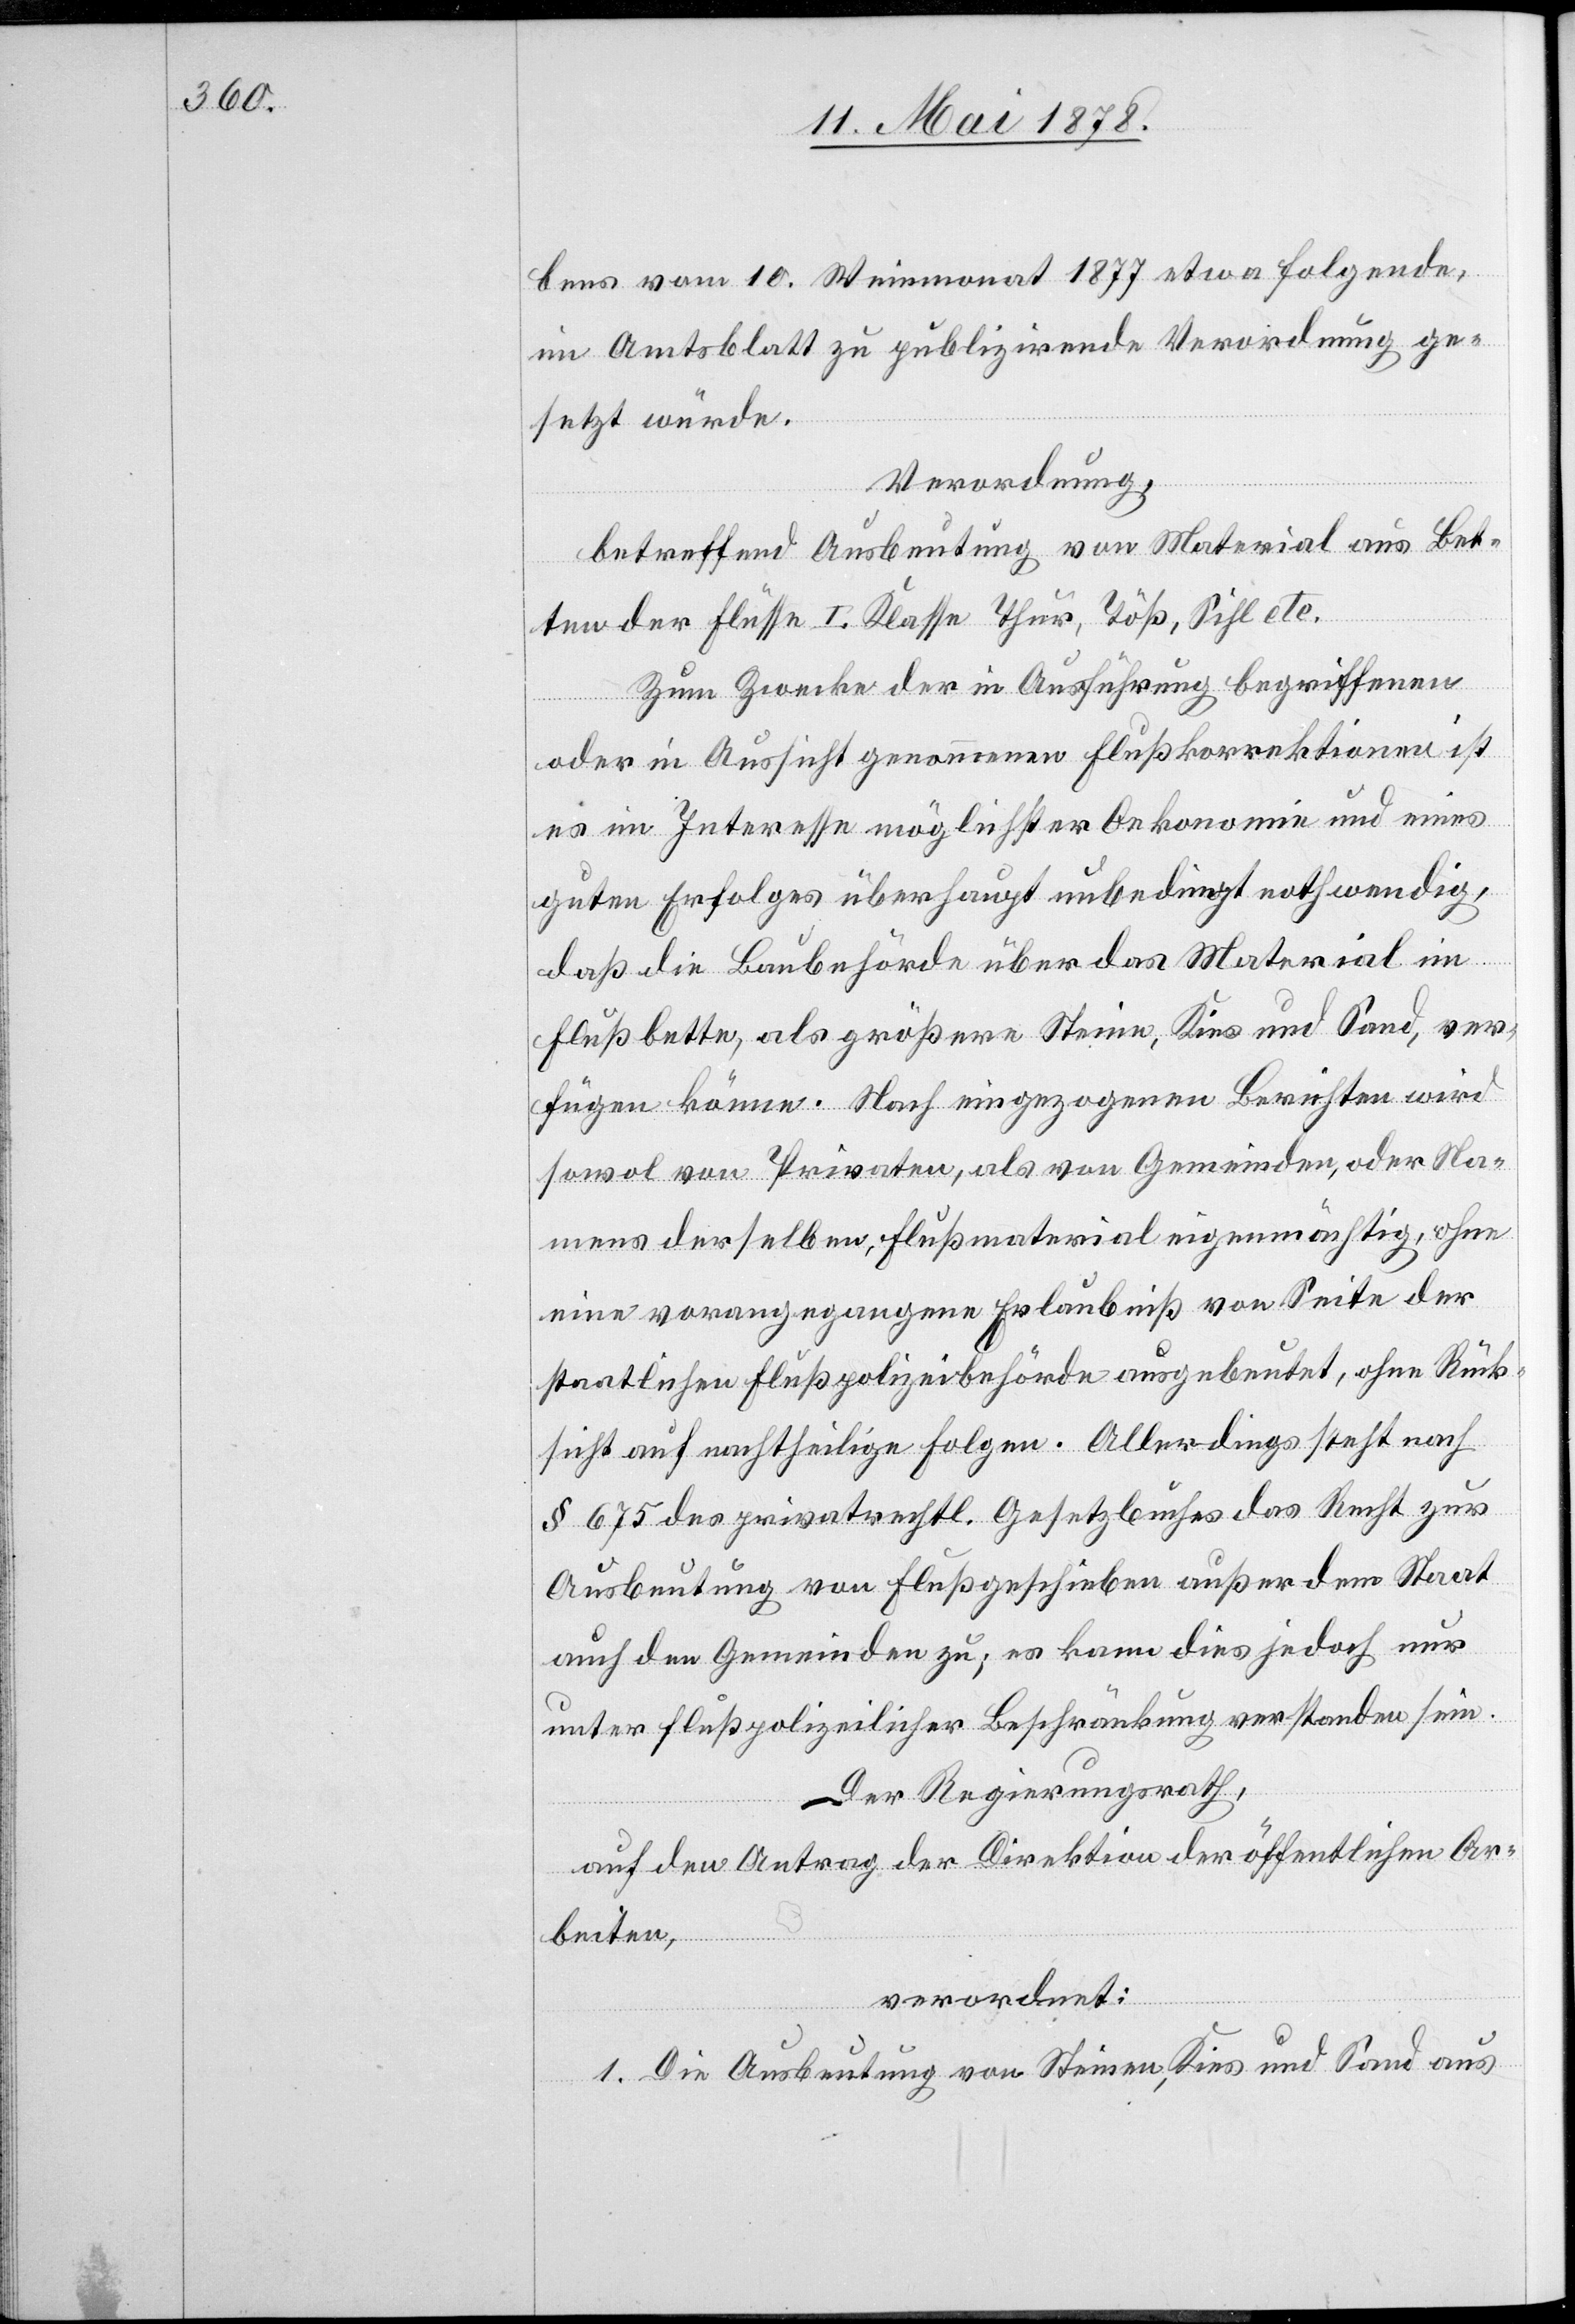
bens vom 10. Weinmonat 1877 etwa folgende,
im Amtsblatt zu publizirende Verordnung ge¬
setzt würde.
Verordnung,
betreffend Ausbeutung von Material aus Bet¬
ten der Flüsse I. Klasse Thur, Töß, Sihl etc.
Zum Zwecke der in Ausführung begriffenen
oder in Aussicht genommenen Flußkorrektionen ist
es im Interesse möglichster Oekonomie und eines
guten Erfolges überhaupt unbedingt nothwendig,
daß die Baubehörde über das Material im
Flußbette, als größern Steine, Kies und Sand, ver¬
fügen könne. Nach eingezogenen Berichten wird
sowol von Privaten, als von Gemeinde, oder Na¬
mens derselben, Flußmaterial eigenmächtig, ohne
eine vorangezogenene Erlaubniß von Seite der
staatlichen Flußpolizeibehörde ausgebeutet, ohne Rück¬
sicht auf nachtheilige Folgen. Allerdings steht nach
§ 675 des privarechtl. Gesetzbuches das Recht zur
Ausbeutung von Flußgeschieben außer dem Staat
auch den Gemeinden zu; es kann dies jedoch nur
unter flußpolizeilicher Beschränkung verstanden sein.
Der Regierungsrath,
auf den Antrag der Direktion der öffentlichen Ar¬
beiten,
verordnet:
1. Die Ausbeutung von Steinen, Kies und Sand aus